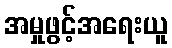
အမှုဖွင့်အရေးယူ